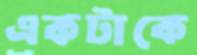
একটাকে